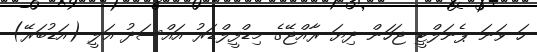
ހަ ވަނަ ޕެނަލްޓީ ޖަހަން ދިޔަ ރާއްޖޭގެ މިޑްފީލްޑަރު އައްސަދު އަލީ (އަޑުބަރޭ)